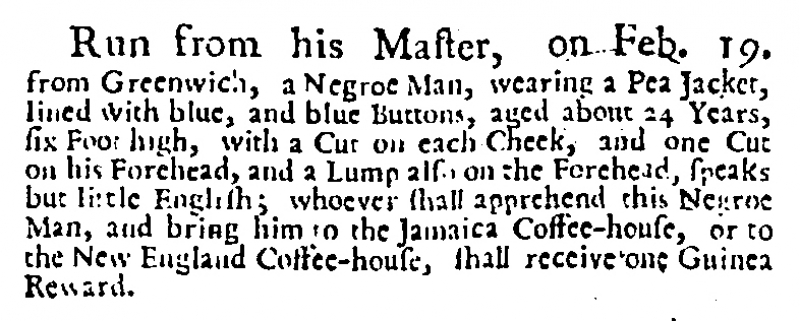
Daily Post, 22 February 1727 (England)
Run from his Master, on Feb. 19. from Greenwich, a Negroe Man, wearing a Pea Jacket, lined with blue, and blue Buttons, aged about 24 Years, six Foot high, with a Cut on each Cheek, and one Cut on his Forehead, and a Lump also on the Forehead, speaks but little English; whoever shall apprehend this Negroe Man, and bring him to the Jamaica Coffee-house, or to the New England Coffee-house, shall receive one Guinea Reward.